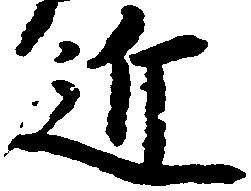
近